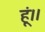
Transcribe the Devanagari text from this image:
हूं।।